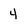
Character: 4